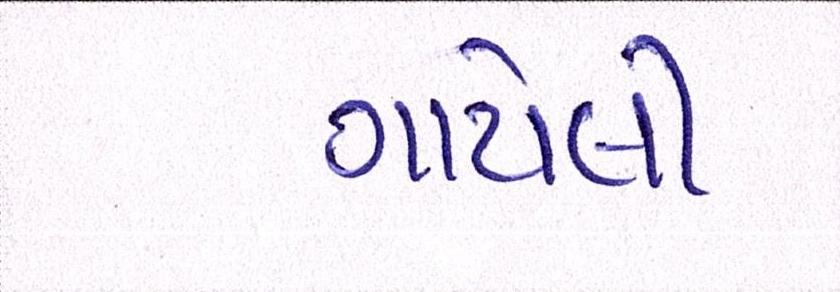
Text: ગાયેલી